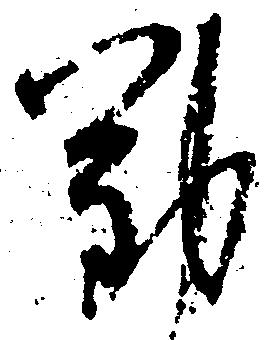
勤